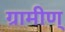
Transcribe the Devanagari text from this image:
ग्रामीण्